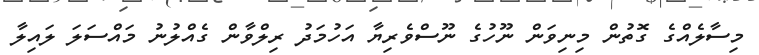
މިސާލެއްގެ ގޮތުން މިނިވަން ނޫހުގެ ނޫސްވެރިޔާ އަހުމަދު ރިލްވާން ގެއްލުނު މައްސަލަ ލައިލާ